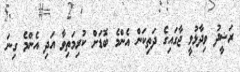
ރަޝީދު ވިދާޅުވީ ޖާގައިގެ ދަތިކަން އެންމެ ބޮޑަށް ކުރިމަތިވާ އަދި އެންމެ ގިނަ